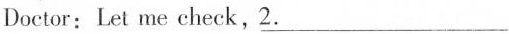
Doctor: Let me check,\underline{2.}